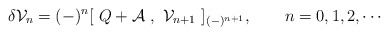
\begin{align*}\delta {\cal{V}}_n = (-)^n [ \ Q + {\cal{A}} \ , \ {\cal{V}}_{n+1} \ ]_{(-)^{n+1}}, \qquad n = 0,1,2,\cdots \end{align*}